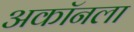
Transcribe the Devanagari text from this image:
अकॉनला